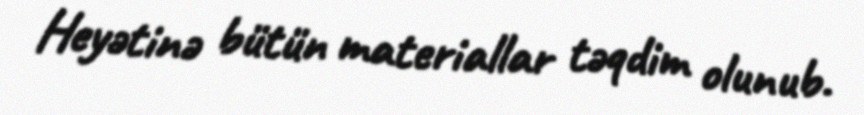
Heyətinə bütün materiallar təqdim olunub.